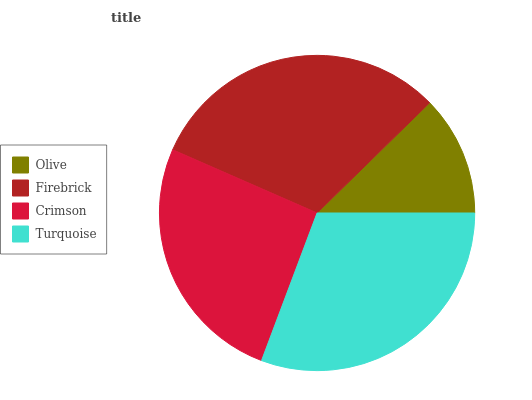
| Olive | Firebrick | Crimson | Turquoise |
 | --- | --- | --- | --- |
 | 12.4% | 31.1% | 25.8% | 30.8% |